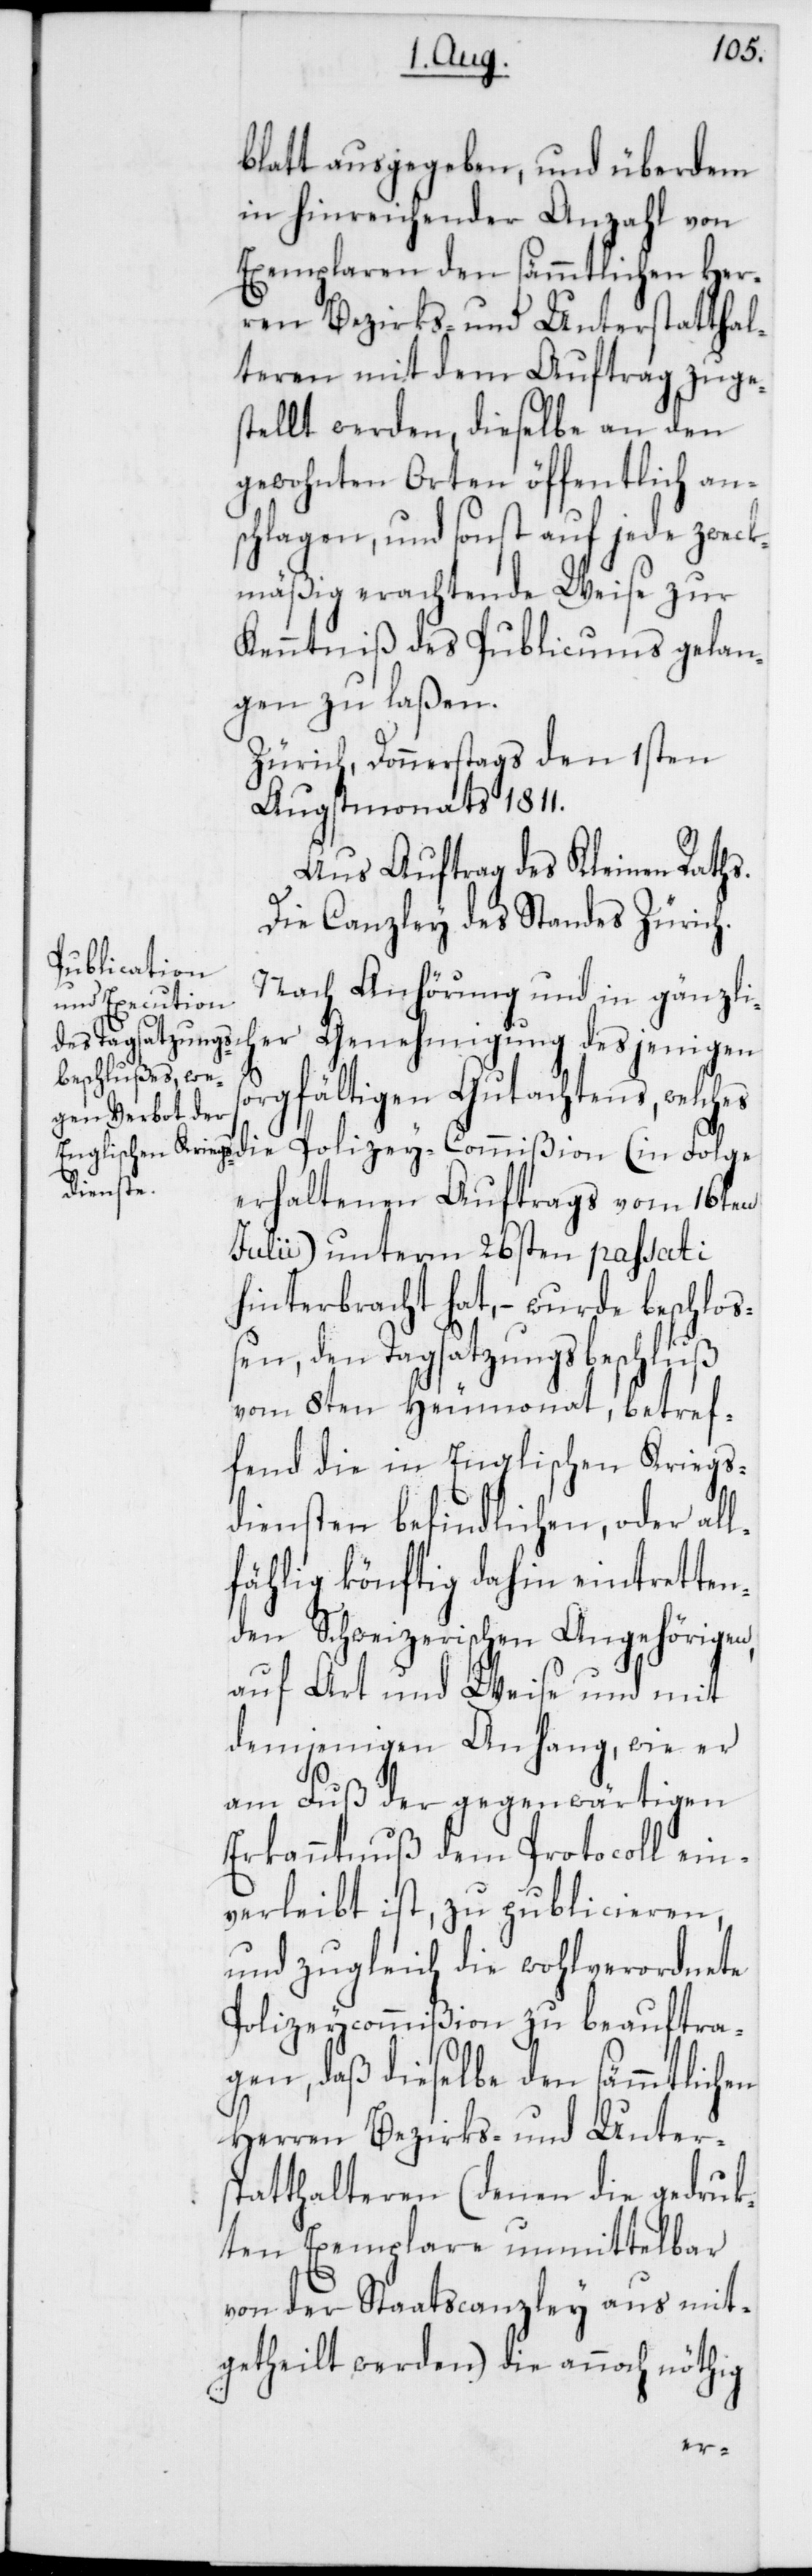
blatt ausgegeben, und überdem
in hinreichender Anzahl von
Exemplaren den sämmtlichen Her¬
ren Bezirks- und Unterstatthal¬
teren mit dem Auftrag zuges¬
tellt werden, dieselbe an den
gewohnten Orten öffentlich an¬
schlagen, und sonst auf jede zweck¬
mäßig erachtende Weise zur
Kenntniß des Publicums gelan¬
gen zu laßen.
Zürich, Donnerstags den 1sten
Augstmonats 1811.
Aus Auftrag des Kleinen Raths.
Die Canzley des Standes Zürich.
Nach Anhörung und in gänzlic¬
her Genehmigung desjenigen
gfältigen Gutachtens, welch¬
die Polizey-Commißion (in Folge
erhaltenen Auftrags vom 16ten
Julii) unterm 26sten passati
hinterbracht hat, – wurde beschloß¬
en, den Tagsatzungsbeschluß
vom 8ten Heumonat, betref¬
fend die in Englischen Kriegs¬
diensten befindlichen, oder all¬
fählig könftig dahin eintretten¬
den Schweizerischen Angehörigen,
auf Art und Weise und mit
demjenigen Anhang, wie er
am Fuß der gegenwärtigen
Erkanntnuß dem Protocoll ein¬
verleibt ist, zu publicieren,
und zugleich die wohlverordnete
Polizeycommißion zu beauftra¬
gen, daß dieselbe den sämmtlichen
Herren Bezirks- und Unter¬
statthalteren (denen die gedruck¬
ten Exemplare unmittelbar
von der Staatscanzley aus mit¬
getheilt werden) die annoch nöthig
es